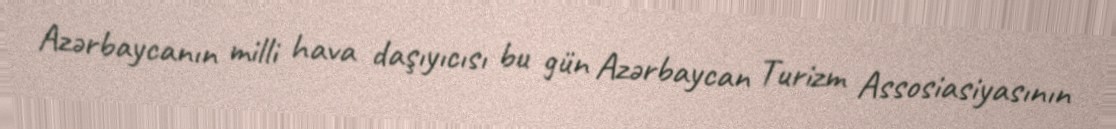
Azərbaycanın milli hava daşıyıcısı bu gün Azərbaycan Turizm Assosiasiyasının